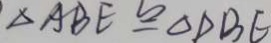
\Delta A B E \cong \Delta D B E